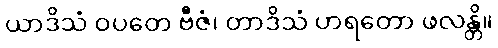
ယာဒိသံ ဝပတေ ဗီဇံ၊ တာဒိသံ ဟရတော ဖလန္တိ။